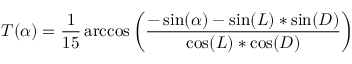
T ( \alpha ) = { \frac { 1 } { 1 5 } } \operatorname { a r c c o s } \left( { \frac { - \sin ( \alpha ) - \sin ( L ) * \sin ( D ) } { \cos ( L ) * \cos ( D ) } } \right)